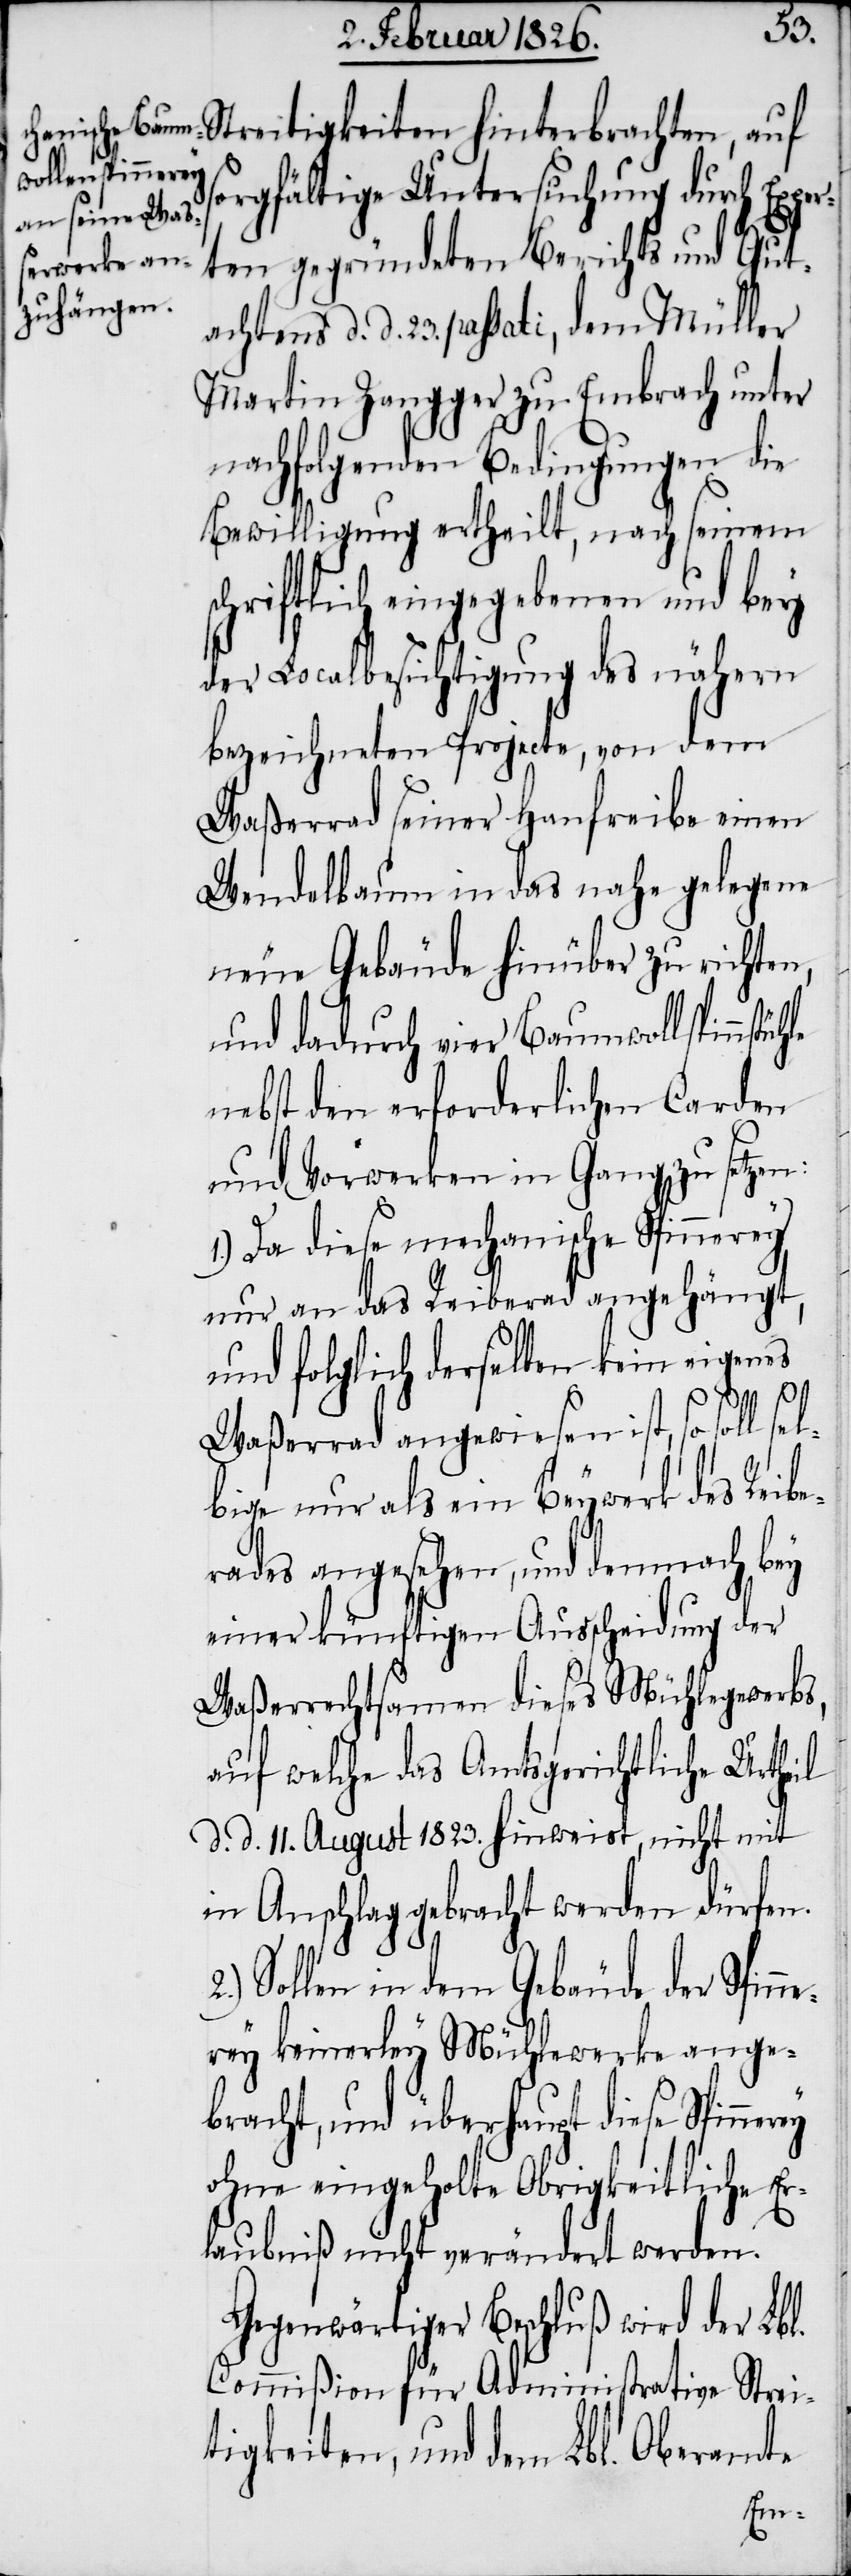
ühle
Streitigkeiten hinterbrachten, auf
sorgfältige Unterstützung durch Exper¬
ten gegründeten Berichts und Gut¬
achtens d. d. 23. passati, dem Müller
Martin Zangger zu Embrach unter
nachfolgenden Bedingungen die
Bewilligung ertheilt, nach seinem
schriftlich eingegebenen und bey
der Localbesichtigung des nähern
bezeichneten Projecte, von dem
Waßerrad seiner Hanfreibe einen
Wandelbaum in das nahe gelegene
neue Gebäude hinüber zu richten,
und dadurch vier Baumwollspinnst¬
nebst den erforderlichen Carden
und Vorwerken in Gang zu setzen:
1.) Da diese mechanische Spinnerey
nur an das Reiberad angehängt,
und folglich derselben kein eigenes
Waßerrad angewiesen ist, so soll sel¬
bige nur als ein Beywerk des Reibe¬
rades angesehen, und demnach bey
einer künftigen Ausscheidung der
Waßerrechtsamen dieses Mühlegewerbs,
auf welche das Amtsgerichtliche Urtheil
d. d. 11. August 1823. hinweist, nicht mit
in Anschlag gebracht werden dürfen.
Sollen in dem Gebäude der Spinn¬
erey keinerley Mühlewerke ange¬
bracht, und überhaupt diese
ohne eingeholte Obrigkeitliche Er¬
laubniß nicht verändert werden.
Gegenwärtiger Beschluß wird der Lbl.
Commißion für Administrative Strei¬
tigkeiten, und dem Lbl. Oberamte